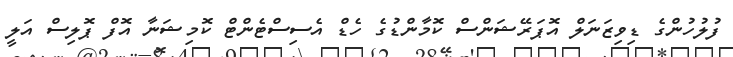
ފުލުހުންގެ ޑިވިޒަނަލް އޮޕަރޭޝަންސް ކޮމާންޑުގެ ހެޑް އެސިސްޓެންޓް ކޮމިޝަނާ އޮފް ޕޮލިސް އަލީ